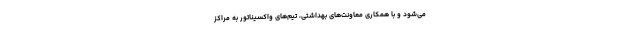
می‌شود و با همکاری معاونت‌های بهداشتی، تیم‌های واکسیناتور به مراکز